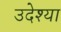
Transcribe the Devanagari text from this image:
उदेश्या